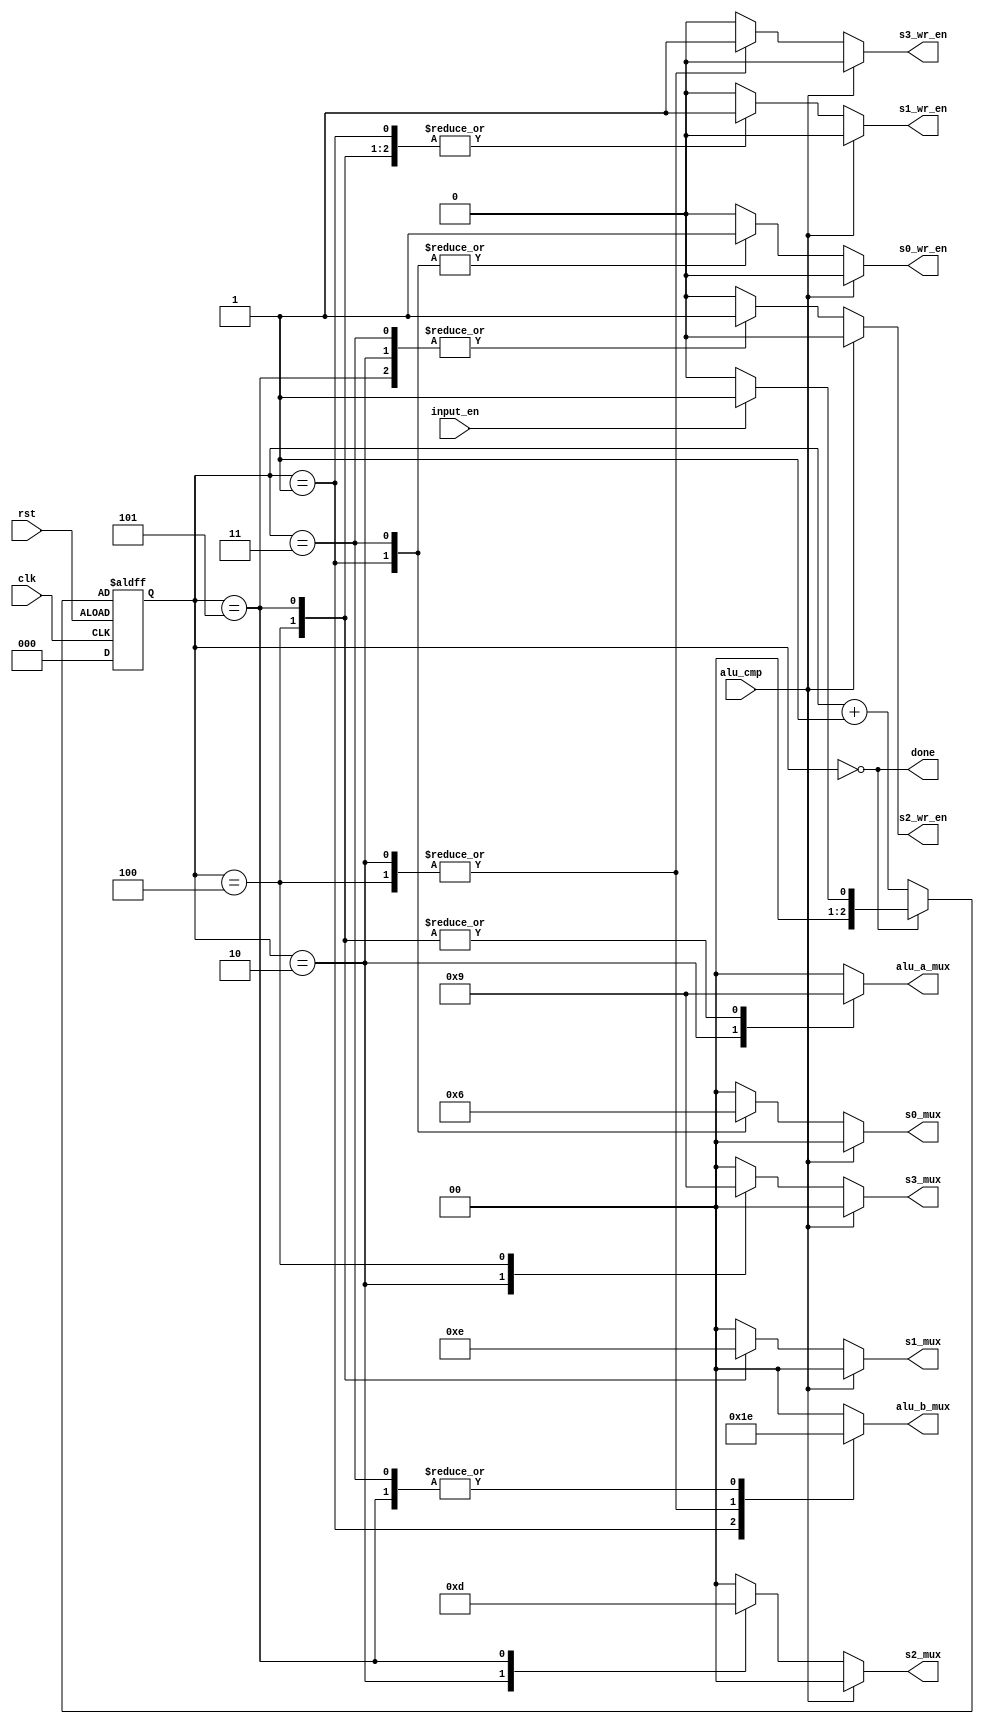
`timescale 1ns / 1ps


/// code(Ctrl) until endmodule
/// 
/// 
module Control
#(
    parameter ORDER_DESCEND = 0      // /
)                                    
(                                    
    input  clk,                      
    input  rst,                      
                                     
    input  input_en,                 // 
    output reg [1:0] alu_a_mux,      
    output reg [1:0] alu_b_mux,      
    input  alu_cmp,                  
                                     
    output reg  s0_wr_en,            
    output reg  s1_wr_en,            
    output reg  s2_wr_en,            
    output reg  s3_wr_en,            
                                     
    output reg [1:0] s0_mux,         
    output reg [1:0] s1_mux,         
    output reg [1:0] s2_mux,         
    output reg [1:0] s3_mux,         
                                     
    output  done                     // 
);
    
    localparam STATE_W = 3;
    localparam [STATE_W-1:0] IDLE = 3'b000;
    localparam [STATE_W-1:0] SWAP0_1 = 3'b001;
    localparam [STATE_W-1:0] SWAP2_3 = 3'b010;
    localparam [STATE_W-1:0] SWAP0_2 = 3'b011;
    localparam [STATE_W-1:0] SWAP1_3 = 3'b100;
    localparam [STATE_W-1:0] SWAP1_2 = 3'b101;
    

    // 
    reg [STATE_W-1:0] next, current;

    always @(*) begin
        next = IDLE;
        case(current)
            IDLE: begin
                if(input_en) next = SWAP0_1;
                else next = IDLE;
            end
            default: next = current + 1; // 
        endcase
    end

    always@(posedge clk or negedge rst)begin
        if(rst) begin
            current <= IDLE;
        end
        else begin
            current <= next;
        end
    end
    //  alu mux 
    always @(*) begin
        alu_a_mux = 0;
        alu_b_mux = 0;
        case(current)
            SWAP0_1: begin
                alu_a_mux = 0; alu_b_mux = 1;
            end
            /// doc_omit begin
            SWAP2_3: begin
                alu_a_mux = 2; alu_b_mux = 3;
            end
            SWAP0_2: begin
                alu_a_mux = 0; alu_b_mux = 2;
            end
            SWAP1_3: begin
                alu_a_mux = 1; alu_b_mux = 3;
            end
            SWAP1_2: begin
                alu_a_mux = 1; alu_b_mux = 2;
            end
            default: ;
            /// doc_omit end
        endcase
    end

    // mux
    always @(*) begin
        {s0_mux, s1_mux, s2_mux, s3_mux} = 0;
        {s0_wr_en, s1_wr_en, s2_wr_en, s3_wr_en} = 0;
        // ORDER_DESCEND  alu_cmp  1  0 
        if (alu_cmp == ORDER_DESCEND) begin
            case(current)
                SWAP0_1: begin
                    s0_mux = 1; s1_mux = 0;
                    s0_wr_en = 1; s1_wr_en = 1;
                end
                /// doc_omit begin
                SWAP2_3: begin
                    s2_mux = 3; s3_mux = 2;
                    s2_wr_en = 1; s3_wr_en = 1;
                end
                SWAP0_2: begin
                    s0_mux = 2; s2_mux = 0;
                    s0_wr_en = 1; s2_wr_en = 1;
                end
                SWAP1_3: begin
                    s1_mux = 3; s3_mux = 1;
                    s1_wr_en = 1; s3_wr_en = 1;
                end
                SWAP1_2: begin
                    s1_mux = 2; s2_mux = 1;
                    s1_wr_en = 1; s2_wr_en = 1;
                end
                default: ;
                /// doc_omit end
            endcase
        end
    end

    assign done = (current == IDLE);

    `ifndef SYNTHESIS
    always @(posedge clk) begin
        // 
        /// doc_omit begin
        case (current)
            IDLE: if(input_en) ;//$display("[Control] IDLE: input_en: %d", input_en);
            SWAP0_1: begin
                // $display("[Control] current SWAP0_1");
            end
            SWAP2_3: begin
                // $display("[Control] current SWAP2_3");
            end
            SWAP0_2: begin
                // $display("[Control] current SWAP0_2");
            end
            SWAP1_3: begin
                // $display("[Control] current SWAP1_3");
            end
            SWAP1_2: begin
                // $display("[Control] current SWAP1_2");
            end
            default;
        endcase
        if(current != IDLE) begin
            // $display("[Control] alu_cmp ^ ORDER_ASCEND = %d" , alu_cmp ^ ORDER_ASCEND);
        end
        /// doc_omit end
    end
    `endif

endmodule